Annual administration report of the Civil Veterinary Department of India - 1896-1897
Year: 1896
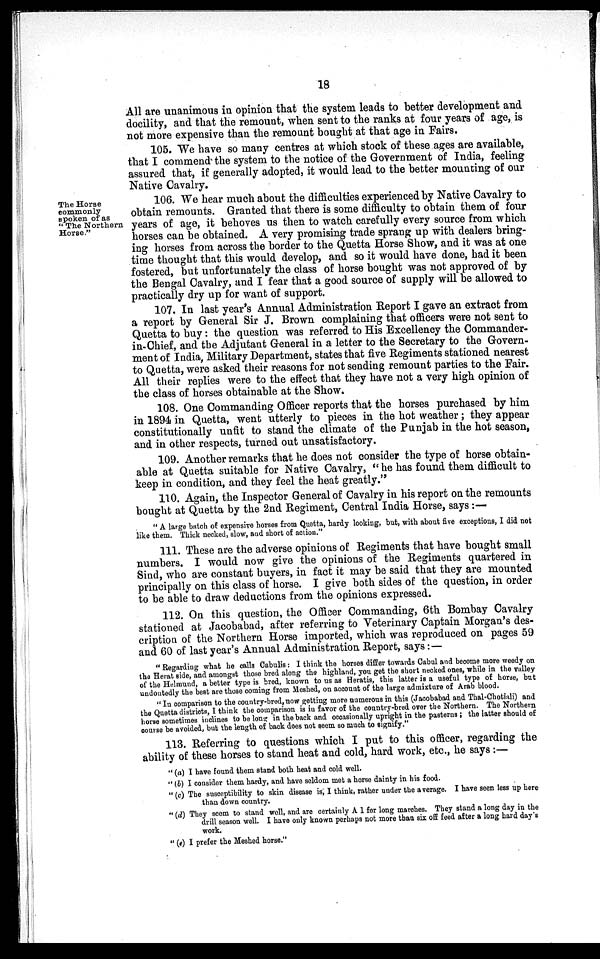
18
All are unanimous in opinion that the system leads to better development and
docility, and that the remount, when sent to the ranks at four years of age, is
not more expensive than the remount bought at that age in Fairs.
105. We have so many centres at which stock of these ages are available,
that I commend the system to the notice of the Government of India, feeling
assured that, if generally adopted, it would lead to the better mounting of our
Native Cavalry.
The Horse
eommonly
spoken of as
"The Northern
Horse."
106. We hear much about the difficulties experienced by Native Cavalry to
obtain remounts. Granted that there is some difficulty to obtain them of four
years of age, it behoves us then to watch carefully every source from which
horses can be obtained. A very promising trade sprang up with dealers bring-
ing horses from across the border to the Quetta Horse Show, and it was at one
time thought that this would develop, and so it would have done, had it been
fostered, but unfortunately the class of horse bought was not approved of by
the Bengal Cavalry, and I fear that a good source of supply will be allowed to
practically dry up for want of support.
107. In last year's Annual Administration Report I gave an extract from
a report by General Sir J. Brown complaining that officers were not sent to
Quetta to buy: the question was referred to His Excellency the Commander-
in-Chief, and the Adjutant General in a letter to the Secretary to the Govern-
ment of India, Military Department, states that five Regiments stationed nearest
to Quetta, were asked their reasons for not sending remount parties to the Fair.
All their replies were to the effect that they have not a very high opinion of
the class of horses obtainable at the Show.
108. One Commanding Officer reports that the horses purchased by him
in 1894 in Quetta, went utterly to pieces in the hot weather; they appear
constitutionally unfit to stand the climate of the Punjab in the hot season,
and in other respects, turned out unsatisfactory.
109. Another remarks that he does not consider the type of horse obtain-
able at Quetta suitable for Native Cavalry, "he has found them difficult to
keep in condition, and they feel the heat greatly."
110. Again, the Inspector General of Cavalry in his report on the remounts
bought at Quetta by the 2nd Regiment, Central India Horse, says:—
"A large batch of expensive horses from Quetta, hardy looking, but, with about five exceptions, I did not
like them. Thick necked, slow, and short of action."
111. These are the adverse opinions of Regiments that have bought small
numbers. I would now give the opinions of the Regiments quartered in
Sind, who are constant buyers, in fact it may be said that they are mounted
principally on this class of horse. I give both sides of the question, in order
to be able to draw deductions from the opinions expressed.
112. On this question, the Officer Commanding, 6th Bombay Cavalry
stationed at Jacobabad, after referring to Veterinary Captain Morgan's des-
cription of the Northern Horse imported, which was reproduced on pages 59
and 60 of last year's Annual Administration Report, says:—
"Regarding what he calls Cabulis: I think the horses differ towards Cabul and become more weedy on
the Herat side, and amongst those bred along the highland, you get the short necked ones, while in the valley
of the Helmund, a better type is bred, known to us as Heratis, this latter is a useful type of horse, but
undoutedly the best are those coming from Meshed, on account of the large admixture of Arab blood.
"In comparison to the country-bred, now getting more numerous in this (Jacobabad and Thal-Chotiali) and
the Quetta districts, I think the comparison is in favor of the country-bred over the Northern. The Northern
horse sometimes inclines to be long in the back and occasionally upright in the pasterns; the latter should of
course be avoided, but the length of back does not seem so much to signify."
113. Referring to questions which I put to this officer, regarding the
ability of these horses to stand heat and cold, hard work, etc., he says:—
"(a) I have found them stand both heat and cold well.
"(b) I consider them hardy, and have seldom met a horse dainty in his food.
"(c) The susceptibility to skin disease is, I think, rather under the average. I have seen less up here
than down country.
"(d) They seem to stand well, and are certainly A 1 for long marches. They stand a long day in the
drill season well. I have only known perhaps not more than six off feed after a long hard day's
work.
"(e) I prefer the Meshed horse."